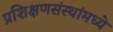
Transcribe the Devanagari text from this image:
प्रशिक्षणसंस्थांमध्ये